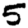
Digit: 5